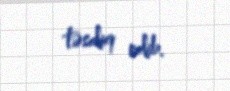
təsdiq edib.